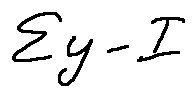
\sum y - I